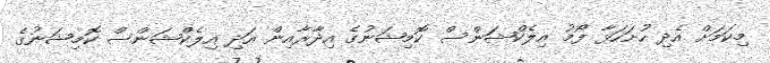
މިކަމަށް އެދި ހުށަހަޅާ ފޯމު އިލެކްޝަންސް ކޮމިޝަނުގެ އިދާރާއިން އަދި އިލެކްޝަންސް ކޮމިޝަނުގެ